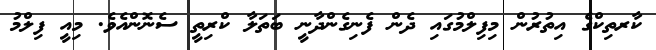
ކާރތިކްގެ އިތުރުން މިފިލްމުގައި ދެން ފެނިގެންދާނީ ބަތަލާ ކްރިތީ ސެނޮންއެވެ. މިއީ ފިލްމު